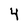
Character: 4